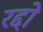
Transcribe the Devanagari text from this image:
रद्दो